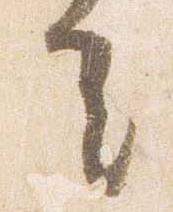
去